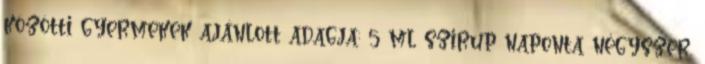
közötti gyermekek ajánlott adagja: 5 ml szirup naponta négyszer.